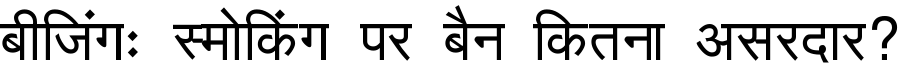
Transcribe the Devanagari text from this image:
बीजिंगः स्मोकिंग पर बैन कितना असरदार?